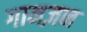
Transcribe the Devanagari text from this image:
गामज़न